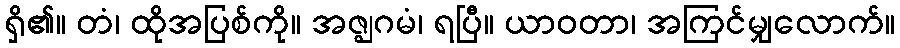
ရှိ၏။ တံ၊ ထိုအပြစ်ကို။ အဇ္ဈဂမံ၊ ရပြီ။ ယာဝတာ၊ အကြင်မျှလောက်။